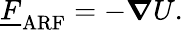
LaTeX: \underline{{F}}_{\mathrm{ARF}}=-\boldsymbol{\nabla}U.